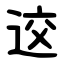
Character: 䢒